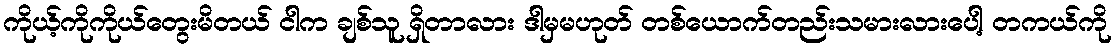
ကိုယ့်ကိုကိုယ်တွေးမိတယ် ငါက ချစ်သူ ရှိတာလား ဒါမှမဟုတ် တစ်ယောက်တည်းသမားလားပေါ့ တကယ်ကို